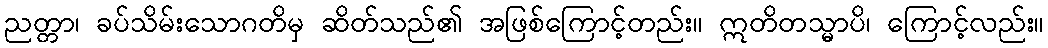
ညတ္တာ၊ ခပ်သိမ်းသောဂတိမှ ဆိတ်သည်၏ အဖြစ်ကြောင့်တည်း။ ဣတိတသ္မာပိ၊ ကြောင့်လည်း။